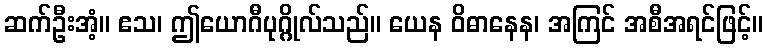
ဆက်ဦးအံ့။ ဧသ၊ ဤယောဂီပုဂ္ဂိုလ်သည်။ ယေန ဝိဓာနေန၊ အကြင် အစီအရင်ဖြင့်။